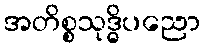
အတိစ္စသုဒ္ဓိပညော